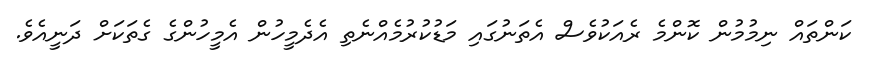
ކަންތައް ނިމުމުން ކޮންމެ ރެއަކުވެސް އެތަނުގައި މަޑުކުރުމެއްނެތި އެދެމީހުން އެމީހުންގެ ގެތަކަށް ދަނީއެވެ.